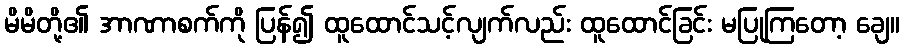
မိမိတို့၏ အာဏာစက်ကို ပြန်၍ ထူထောင်သင့်လျက်လည်း ထူထောင်ခြင်း မပြုကြတော့ ချေ။